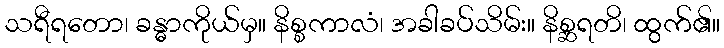
သရီရတော၊ ခန္ဓာကိုယ်မှ။ နိစ္စကာလံ၊ အခါခပ်သိမ်း။ နိစ္ဆရတိ၊ ထွက်၏။